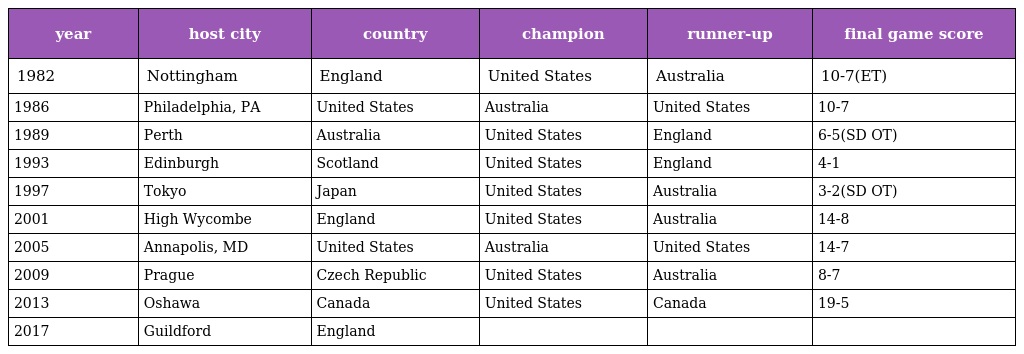
| year | host city | country | champion | runner-up | final game score |
 | --- | --- | --- | --- | --- | --- |
 | 1982 | Nottingham | England | United States | Australia | 10-7(ET) |
 | 1986 | Philadelphia, PA | United States | Australia | United States | 10-7 |
 | 1989 | Perth | Australia | United States | England | 6-5(SD OT) |
 | 1993 | Edinburgh | Scotland | United States | England | 4-1 |
 | 1997 | Tokyo | Japan | United States | Australia | 3-2(SD OT) |
 | 2001 | High Wycombe | England | United States | Australia | 14-8 |
 | 2005 | Annapolis, MD | United States | Australia | United States | 14-7 |
 | 2009 | Prague | Czech Republic | United States | Australia | 8-7 |
 | 2013 | Oshawa | Canada | United States | Canada | 19-5 |
 | 2017 | Guildford | England |  |  |  |